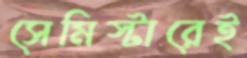
সেমিস্টারেই